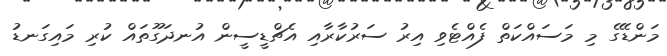
މަންޑޭގެ މި މަސައްކަތް ފެއްޓެވި އިރު ސަރުކާރާއި އެޗްޑީސީން އުނދަގޫތައް ކުރި މައިގަނޑު